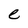
Character: e